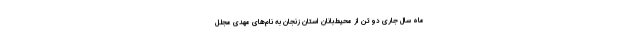
ماه سال جاری دو تن از محیط‌بانان استان زنجان به نام‌های مهدی مجلل